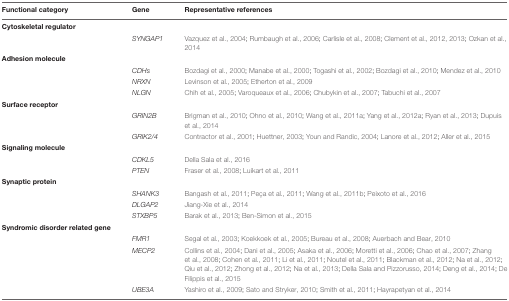
| Functional category | Gene | Representative references |
 | --- | --- | --- |
 | Cytoskeletal regulator |  |  |
 |  | SYNGAP1 | Vazquez et al., 2004; Rumbaugh et al., 2006; Carlisle et al., 2008; Clement et al., 2012, 2013; Ozkan et al., 2014 |
 | Adhesion molecule |  |  |
 |  | CDHs | Bozdagi et al., 2000; Manabe et al., 2000; Togashi et al., 2002; Bozdagi et al., 2010; Mendez et al., 2010 |
 |  | NRXN | Levinson et al., 2005; Etherton et al., 2009 |
 |  | NLGN | Chih et al., 2005; Varoqueaux et al., 2006; Chubykin et al., 2007; Tabuchi et al., 2007 |
 | Surface receptor |  |  |
 |  | GRIN2B | Brigman et al., 2010; Ohno et al., 2010; Wang et al., 2011a; Yang et al., 2012a; Ryan et al., 2013; Dupuis et al., 2014 |
 |  | GRIK2/4 | Contractor et al., 2001; Huettner, 2003; Youn and Randic, 2004; Lanore et al., 2012; Aller et al., 2015 |
 | Signaling molecule |  |  |
 |  | CDKL5 | Della Sala et al., 2016 |
 |  | PTEN | Fraser et al., 2008; Luikart et al., 2011 |
 | Synaptic protein |  |  |
 |  | SHANK3 | Bangash et al., 2011; Peça et al., 2011; Wang et al., 2011b; Peixoto et al., 2016 |
 |  | DLGAP2 | Jiang-Xie et al., 2014 |
 |  | STXBP5 | Barak et al., 2013; Ben-Simon et al., 2015 |
 | Syndromic disorder related gene |  |  |
 |  | FMR1 | Segal et al., 2003; Koekkoek et al., 2005; Bureau et al., 2008; Auerbach and Bear, 2010 |
 |  | MECP2 | Collins et al., 2004; Dani et al., 2005; Asaka et al., 2006; Moretti et al., 2006; Chao et al., 2007; Zhang et al., 2008; Cohen et al., 2011; Li et al., 2011; Noutel et al., 2011; Blackman et al., 2012; Na et al., 2012; Qiu et al., 2012; Zhong et al., 2012; Na et al., 2013; Della Sala and Pizzorusso, 2014; Deng et al., 2014; De Filippis et al., 2015 |
 |  | UBE3A | Yashiro et al., 2009; Sato and Stryker, 2010; Smith et al., 2011; Hayrapetyan et al., 2014 |